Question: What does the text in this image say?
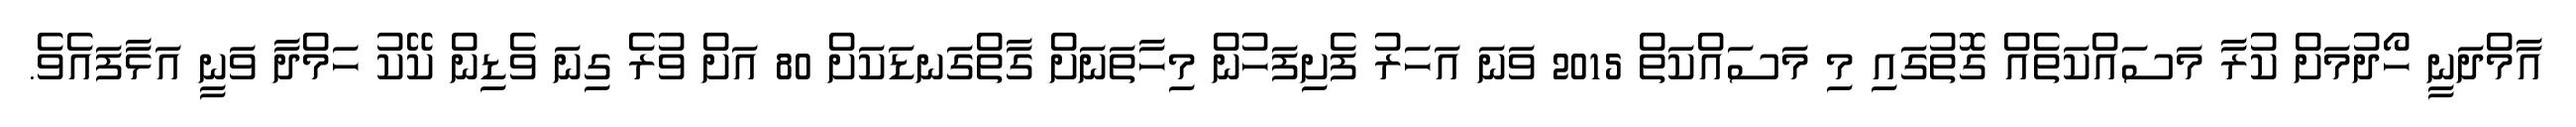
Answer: އާމްދަނީ ހޯދުމަށް ކުރާ މަސައްކަތެއް ގޮތުގައި މި މަސައްކަތް 2015 ވަނަ އަހަރު ފެށިފަހުން މިހާތަނަށް ގާތްގަނޑަކަށް 80 އަށް ވުރެ ގިނަ ވެޑިން ކޭކު ހަމްދާ ވަނީ އަޅާފައެވެ.